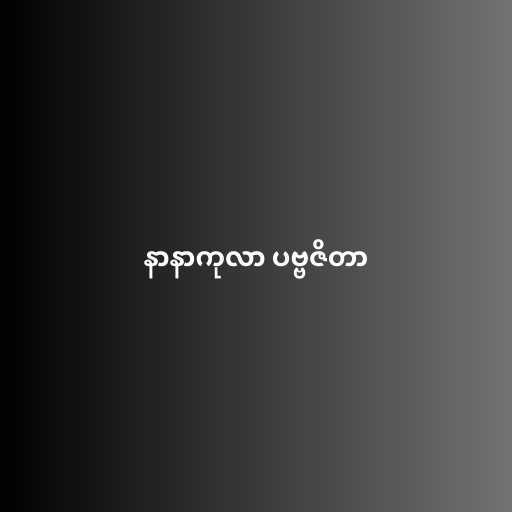
နာနာကုလာ ပဗ္ဗဇိတာ